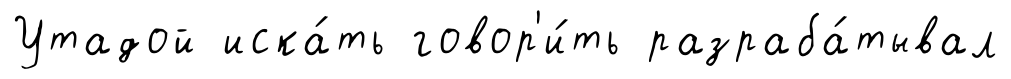
Утадой иска́ть говор'и́ть разраба́тывал